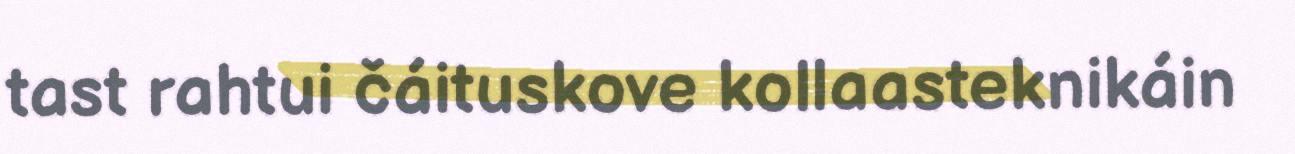
tast rahtui čáituskove kollaasteknikáin